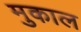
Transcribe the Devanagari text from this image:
मुकाल